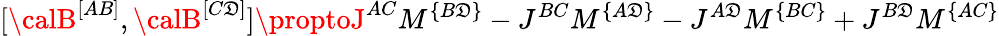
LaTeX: [{\calB}^{[AB]},{\calB}^{[C\mathfrak{D}]}]\proptoJ^{AC}M^{\{ B\mathfrak{D}\} }-J^{BC}M^{\{ A\mathfrak{D}\} }-J^{A\mathfrak{D}}M^{\{ BC\} }+J^{B\mathfrak{D}}M^{\{ AC\} }